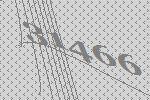
31466